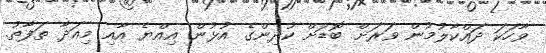
ވާހަކަ ދައްކާލުމުން ވަރަށް ބޮޑަށް ކުދިންގެ އުޅުން އިއްޔެ އާއި މިއަދާ ތަފާތު.